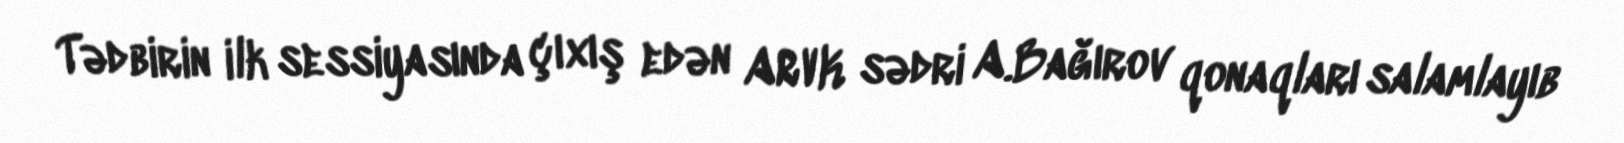
Tədbirin ilk sessiyasında çıxış edən ARVK sədri A.Bağırov qonaqları salamlayıb